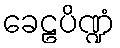
ခေဠပိဏ္ဍံ